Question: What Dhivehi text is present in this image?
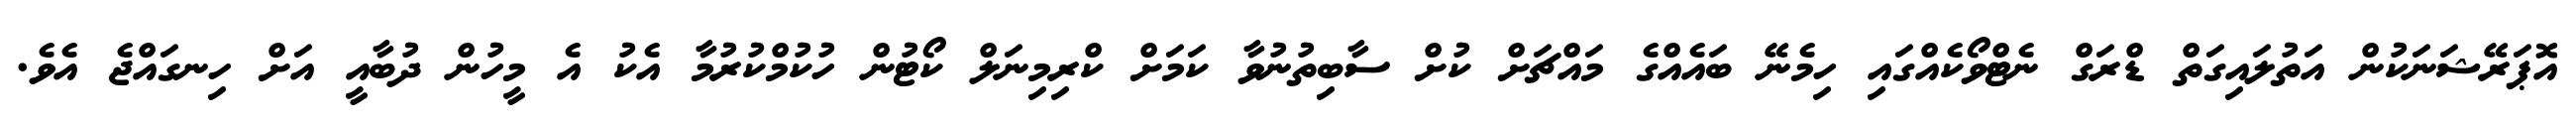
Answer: އޮޕަރޭޝަނަކުން އަތުލައިގަތް ޑްރަގް ނެޓްވޯކެއްގައި ހިމެނޭ ބައެއްގެ މައްޗަށް ކުށް ސާބިތުނުވާ ކަމަށް ކްރިމިނަލް ކޯޓުން ހުކުމްކުރުމާ އެކު އެ މީހުން ދުބާއީ އަށް ހިނގައްޖެ އެވެ.